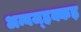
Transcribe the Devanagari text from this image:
अम्बज्हक्कड़